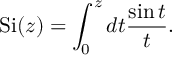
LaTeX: \mathrm { S i } ( z ) = \int _ { 0 } ^ { z } d t { \frac { \sin t } { t } } .